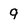
Character: 9